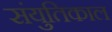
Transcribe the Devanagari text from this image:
संयुतिकाल